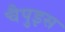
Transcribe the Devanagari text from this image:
चैपुइस